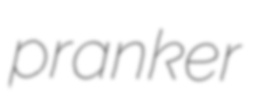
pranker